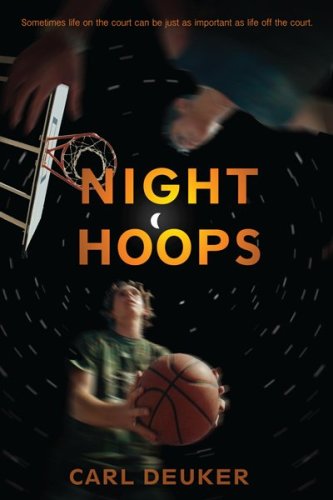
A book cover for Night Hoops; Carl Deuker; Teen & Young Adult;